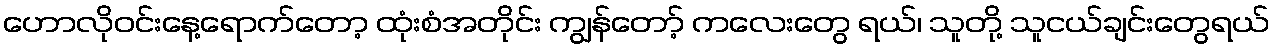
ဟောလိုဝင်းနေ့ရောက်တော့ ထုံးစံအတိုင်း ကျွန်တော့် ကလေးတွေ ရယ်၊ သူတို့ သူငယ်ချင်းတွေရယ်